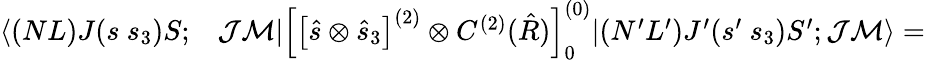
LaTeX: \begin{array}{rl}{\langle(NL)J(s~s_{3})S;}&{{}\mathcal{J}\mathcal{M}|\left[\left[\hat{s}\otimes\hat{s}_{3}\right]^{(2)}\otimes C^{(2)}(\hat{R})\right]_{0}^{(0)}|(N^{\prime}L^{\prime})J^{\prime}(s^{\prime}~s_{3})S^{\prime};\mathcal{J}\mathcal{M}\rangle=}\end{array}